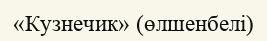
«Кузнечик» (өлшенбелі)